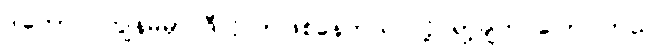
ဒါတောင် ကျွန်မမှာ ဒီလိုလာဖြစ်နေတယ် လို့ ရာ့ချ်က ပြောပါတယ်။